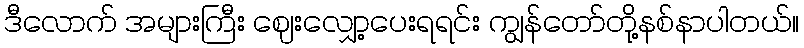
ဒီလောက် အများကြီး ဈေးလျှော့ပေးရရင်း ကျွန်တော်တို့နစ်နာပါတယ်။